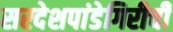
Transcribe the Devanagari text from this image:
सरदेशपांडेगिरीची